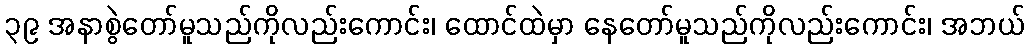
၃၉ အနာစွဲတော်မူသည်ကိုလည်းကောင်း၊ ထောင်ထဲမှာ နေတော်မူသည်ကိုလည်းကောင်း၊ အဘယ်